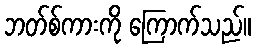
ဘတ်စ်ကားကို ကြောက်သည်။